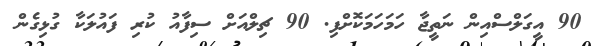
90 އީގަލްސްއިން ނަތީޖާ ހަމަހަމަކޮށްފި. 90 ޗިލްއަށް ސިފާއު ކުރި ފައުލަކާ ގުޅިގެން